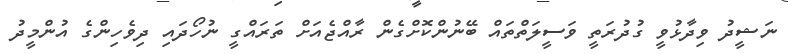
ނަޝީދު ވިދާޅުވީ ގުދުރަތީ ވަސީލަތްތައް ބޭނުންކޮށްގެން ރާއްޖެއަށް ތަރައްގީ ނުހޯދައި ދިވެހިންގެ އުންމީދު